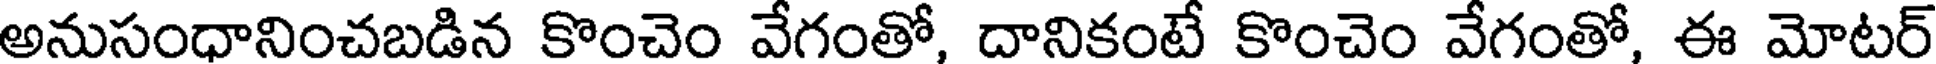
అనుసంధానించబడిన కొంచెం వేగంతో, దానికంటే కొంచెం వేగంతో, ఈ మోటర్